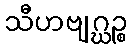
သီဟဗျဂ္ဃဉ္စ